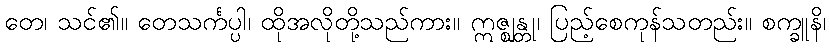
တေ၊ သင်၏။ တေသင်္ကပ္ပါ၊ ထိုအလိုတို့သည်ကား။ ဣဇ္ဈန္တု၊ ပြည့်စေကုန်သတည်း။ စက္ခူနိ၊